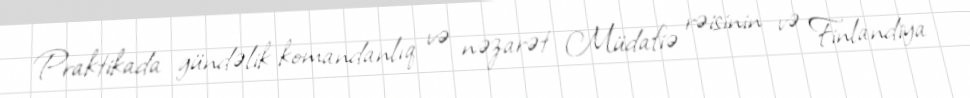
Praktikada gündəlik komandanlıq və nəzarət Müdafiə rəisinin və Finlandiya